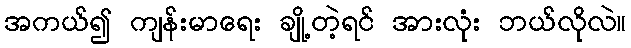
အကယ်၍ ကျန်းမာရေး ချို့တဲ့ရင် အားလုံး ဘယ်လိုလဲ။